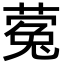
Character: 蒬